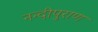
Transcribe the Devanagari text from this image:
नन्दीपुराण